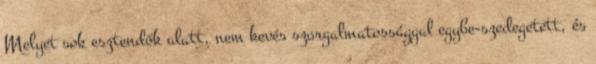
Melyet sok esztendők alatt, nem kevés szorgalmatossággal egybe-szedegetett, és